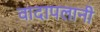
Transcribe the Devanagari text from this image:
वादापलानी